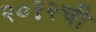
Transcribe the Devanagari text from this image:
२०१२ची